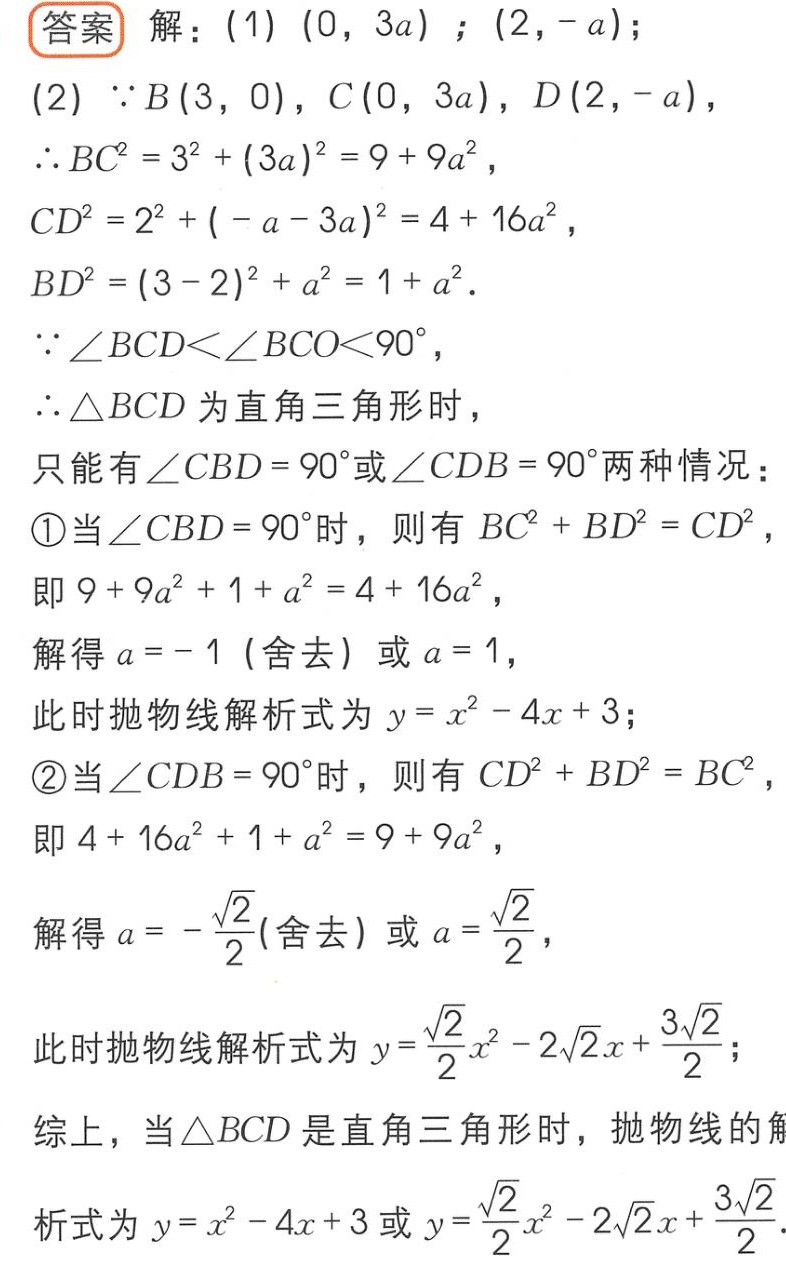
答案 解：(1) \((0,3a)\)；\((2, -a)\)；
(2) \(\because B(3,0)\)，\(C(0,3a)\)，\(D(2, -a)\)，
\(\therefore BC^{2}=3^{2}+(3a)^{2}=9 + 9a^{2}\)，
\(CD^{2}=2^{2}+(-a - 3a)^{2}=4 + 16a^{2}\)，
\(BD^{2}=(3 - 2)^{2}+a^{2}=1 + a^{2}\).
\(\because\angle BCD\lt\angle BCO\lt90^{\circ}\)，
\(\therefore\triangle BCD\)为直角三角形时，
只能有\(\angle CBD = 90^{\circ}\)或\(\angle CDB = 90^{\circ}\)两种情况：
\textcircled{1}当\(\angle CBD = 90^{\circ}\)时，则有\(BC^{2}+BD^{2}=CD^{2}\)，
即\(9 + 9a^{2}+1 + a^{2}=4 + 16a^{2}\)，
解得\(a = - 1\)（舍去）或\(a = 1\)，
此时抛物线解析式为\(y = x^{2}-4x + 3\)；
\textcircled{2}当\(\angle CDB = 90^{\circ}\)时，则有\(CD^{2}+BD^{2}=BC^{2}\)，
即\(4 + 16a^{2}+1 + a^{2}=9 + 9a^{2}\)，
即\(4 + 16a^{2}+1 + a^{2}=9 + 9a^{2}\)，
解得\(a = -\frac{\sqrt{2}}{2}\)(舍去) 或\(a = \frac{\sqrt{2}}{2}\)，
此时抛物线解析式为\(y=\frac{\sqrt{2}}{2}x^{2}-2\sqrt{2}x+\frac{3\sqrt{2}}{2}\)；
综上，当\(\triangle BCD\)是直角三角形时，抛物线的解析式为\(y = x^{2}-4x + 3\)或\(y=\frac{\sqrt{2}}{2}x^{2}-2\sqrt{2}x+\frac{3\sqrt{2}}{2}\).